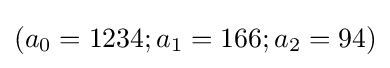
(a_{0}=1234;a_{1}=166;a_{2}=94)